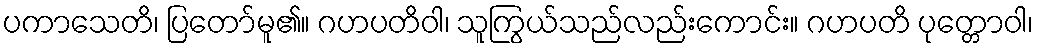
ပကာသေတိ၊ ပြတော်မူ၏။ ဂဟပတိဝါ၊ သူကြွယ်သည်လည်းကောင်း။ ဂဟပတိ ပုတ္တောဝါ၊